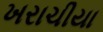
ખરાચીયા